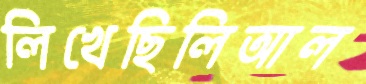
লিখেছিলিআল